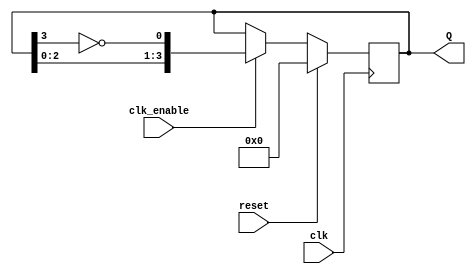
module JohnsonCounter #(
    parameter N = 4  // Number of flip-flops
)(
    input wire clk,           // Clock signal
    input wire reset,         // Synchronous reset signal
    input wire clk_enable,    // Clock enable signal (optional)
    output reg [N-1:0] Q      // Output state of the counter
);

// Internal signal for the feedback
wire feedback;

// Assign feedback as the inverted output of the last flip-flop
assign feedback = ~Q[N-1];

// Synchronous process for the Johnson counter
always @(posedge clk) begin
    if (reset) begin
        // Reset all flip-flops to 0
        Q <= 0;
    end else if (clk_enable) begin
        // Shift the states according to the Johnson counter logic
        Q <= {Q[N-2:0], feedback};
    end
end

endmodule